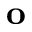
\mathbf { o }